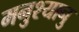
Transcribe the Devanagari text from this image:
मनुश्यानु